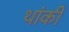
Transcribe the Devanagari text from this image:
थांकी